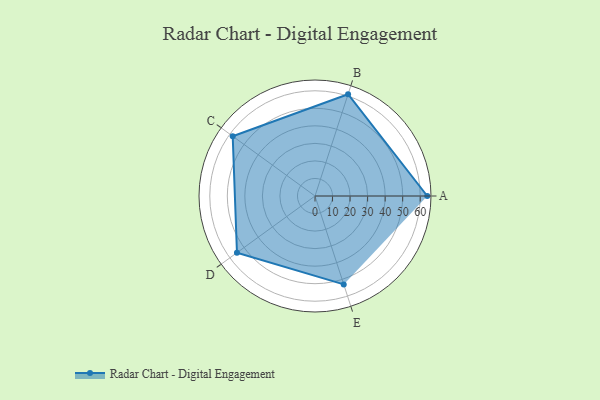
{"axis": {"x": "Skill", "y": "Score"}, "legend": ["Profile"], "data": [{"x": "A", "y": 64.0, "type": "Profile"}, {"x": "B", "y": 61.0, "type": "Profile"}, {"x": "C", "y": 58.0, "type": "Profile"}, {"x": "D", "y": 55.0, "type": "Profile"}, {"x": "E", "y": 53.0, "type": "Profile"}]}